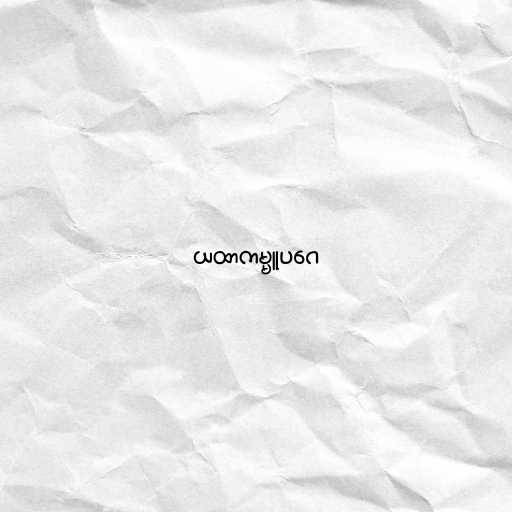
ယထာကမ္မူပဂေ